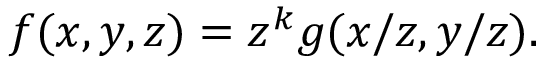
f ( x , y , z ) = z ^ { k } g ( x / z , y / z ) .